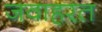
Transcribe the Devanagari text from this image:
जवाहरत